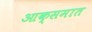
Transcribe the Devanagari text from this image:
आक्समात